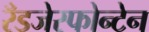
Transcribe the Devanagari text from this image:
रँडजेस्फोन्टेन